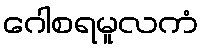
ဂေါစရမူလကံ